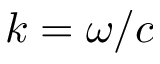
k = \omega / c